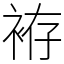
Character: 袸